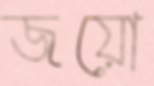
জয়ো